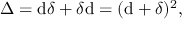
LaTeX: \Delta = \mathrm { d } \delta + \delta \mathrm { d } = ( \mathrm { d } + \delta ) ^ { 2 } ,